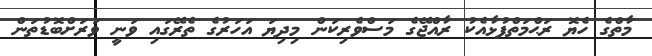
މާތްގެ ހެޔޮ ރަޙްމަތްފުޅާއެކު ރާއްޖޭގެ މަސްވެރިކަން މިދިޔަ އަހަރުގެ ތެރޭގައި ވަނީ ވަރަށްބޮޑުތަން